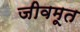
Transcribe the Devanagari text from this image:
जीवमूत